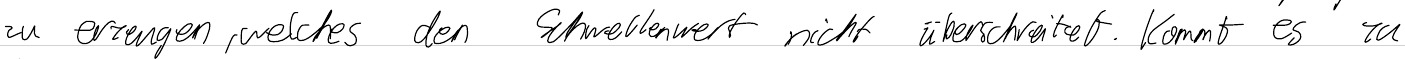
zu erzeugen, welches den Schwellenwert nicht überschreitet. Kommt es zu